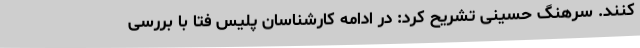
کنند. سرهنگ حسینی تشریح کرد: در ادامه کارشناسان پلیس فتا با بررسی‌